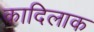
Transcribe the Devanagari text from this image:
कादिलाक